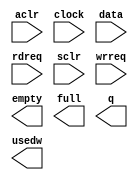
module svm_vut_scfifo_3528x128 (
	aclr,
	clock,
	data,
	rdreq,
	sclr,
	wrreq,
	empty,
	full,
	q,
	usedw);

	input	  aclr;
	input	  clock;
	input	[3297:0]  data;
	input	  rdreq;
	input	  sclr;
	input	  wrreq;
	output	  empty;
	output	  full;
	output	[3297:0]  q;
	output	[6:0]  usedw;

endmodule